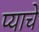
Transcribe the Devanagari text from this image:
प्याचे